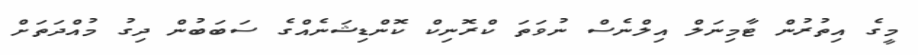
މީގެ އިތުރުން ޓާމިނަލް އިލްނެސް ނުވަތަ ކްރޮނިކް ކޮންޑިޝަނެއްގެ ސަބަބުން ދިގު މުއްދަތަށް